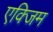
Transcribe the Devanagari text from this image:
एक्जिम